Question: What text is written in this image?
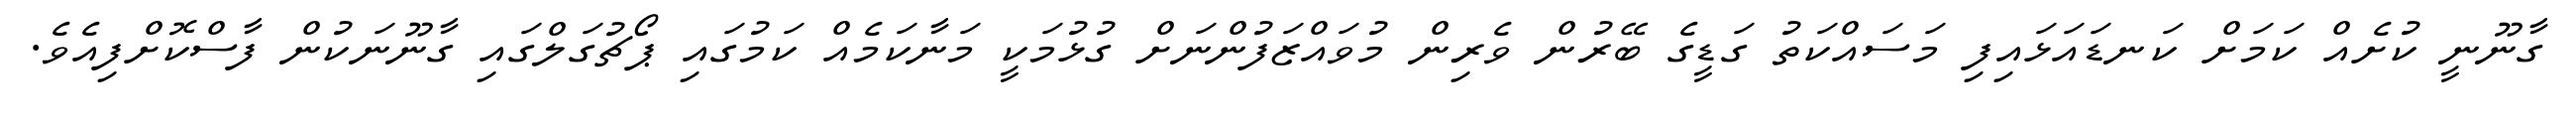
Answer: ގާނޫނީ ކުށެއް ކަމަށް ކަނޑައަޅައިފި މަސައްކަތު ގަޑީގެ ބޭރުން ވެރިން މުވައްޒަފުންނަށް ގުޅުމަކީ މަނާކަމެއް ކަމުގައި ޕޯޗުގަލްގައި ގާނޫނަކުން ފާސްކޮށްފިއެވެ.